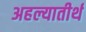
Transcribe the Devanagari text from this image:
अहल्यातीर्थ